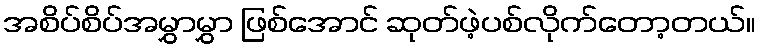
အစိပ်စိပ်အမွှာမွှာ ဖြစ်အောင် ဆုတ်ဖဲ့ပစ်လိုက်တော့တယ်။